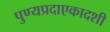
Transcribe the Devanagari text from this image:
पुण्यप्रदाएकादशी